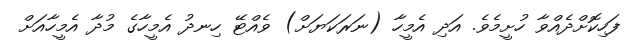
ފަހިކޮށްދެއްވާ ހުށީމެވެ. އަދި އެމީހާ (ނަރަކަޔަށް) ވެއްޓޭ ހިނދު އެމީހާގެ މުދާ އެމީހާއަށް